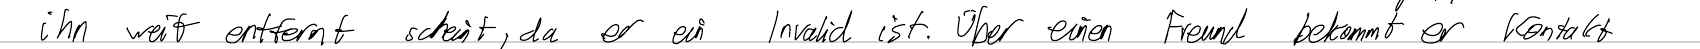
ihn weit entfernt scheint, da er ein Invalid ist. Über einen Freund bekommt er Kontakt